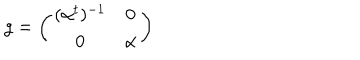
g = \left( \begin{array} { c c } { { ( \alpha ^ { t } ) ^ { - 1 } } } & { { 0 } } \\ { { 0 } } & { { \alpha } } \\ \end{array} \right)